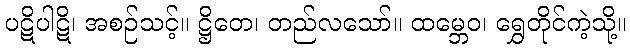
ပဋိပါဋိ၊ အစဉ်သင့်။ ဋ္ဌိတေ၊ တည်လသော်။ ထမ္ဘေဝ၊ ရွှေတိုင်ကဲ့သို့။